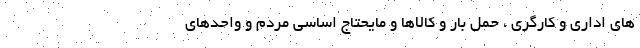
های اداری و کارگری ، حمل بار و کالاها و مایحتاج اساسی مردم و واحدهای